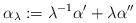
LaTeX: \begin{align*} \alpha_{\lambda}:= \lambda^{-1}\alpha^{\prime} +\lambda \alpha^{\prime\prime}\end{align*}